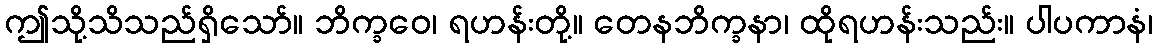
ဤသို့သိသည်ရှိသော်။ ဘိက္ခဝေ၊ ရဟန်းတို့။ တေနဘိက္ခနာ၊ ထိုရဟန်းသည်း။ ပါပကာနံ၊